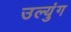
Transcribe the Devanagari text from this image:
उल्युंग